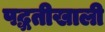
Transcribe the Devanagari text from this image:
पद्धतीखाली